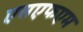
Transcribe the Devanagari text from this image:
एसएफएम